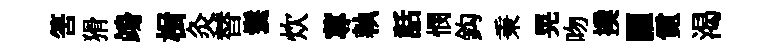
筈猾竧楫灸替鬟炊蓴執話憫鈎秉晃吻撲臞霓渴